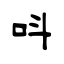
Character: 呌